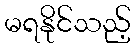
မရနိုင်သည့်